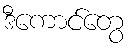
ဒီကောင်တွေ